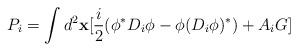
LaTeX: \begin{align*}P_i = \int d^2{\bf x}[{i \over 2}(\phi^*D_i\phi - \phi(D_i\phi)^*)+ A_i G]\end{align*}